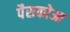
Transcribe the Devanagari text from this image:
पैसकोआ